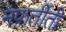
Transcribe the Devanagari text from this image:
नफ़र्तीती